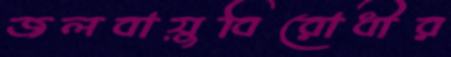
জলবায়ুবিরোধীর